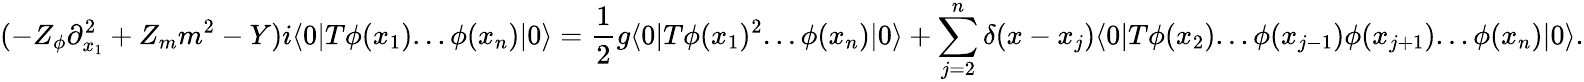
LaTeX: (-Z_{\phi}\partial_{x_{1}}^{2}+Z_{m}m^{2}-Y)i\langle 0|T\phi(x_{1})...\phi(x_{n})|0\rangle=\frac{1}{2}g\langle 0|T\phi(x_{1})^{2}...\phi(x_{n})|0\rangle+\sum_{j=2}^{n}\delta(x-x_{j})\langle 0|T\phi(x_{2})...\phi(x_{j-1})\phi(x_{j+1})...\phi(x_{n})|0\rangle.